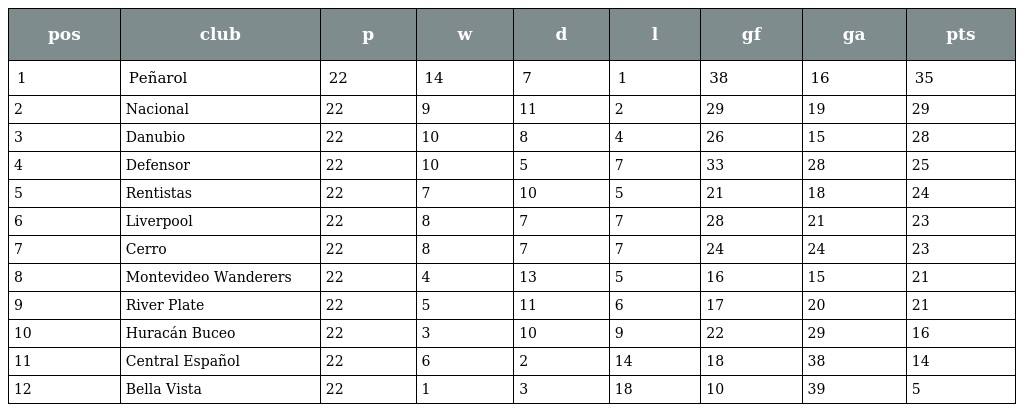
| pos | club | p | w | d | l | gf | ga | pts |
 | --- | --- | --- | --- | --- | --- | --- | --- | --- |
 | 1 | Peñarol | 22 | 14 | 7 | 1 | 38 | 16 | 35 |
 | 2 | Nacional | 22 | 9 | 11 | 2 | 29 | 19 | 29 |
 | 3 | Danubio | 22 | 10 | 8 | 4 | 26 | 15 | 28 |
 | 4 | Defensor | 22 | 10 | 5 | 7 | 33 | 28 | 25 |
 | 5 | Rentistas | 22 | 7 | 10 | 5 | 21 | 18 | 24 |
 | 6 | Liverpool | 22 | 8 | 7 | 7 | 28 | 21 | 23 |
 | 7 | Cerro | 22 | 8 | 7 | 7 | 24 | 24 | 23 |
 | 8 | Montevideo Wanderers | 22 | 4 | 13 | 5 | 16 | 15 | 21 |
 | 9 | River Plate | 22 | 5 | 11 | 6 | 17 | 20 | 21 |
 | 10 | Huracán Buceo | 22 | 3 | 10 | 9 | 22 | 29 | 16 |
 | 11 | Central Español | 22 | 6 | 2 | 14 | 18 | 38 | 14 |
 | 12 | Bella Vista | 22 | 1 | 3 | 18 | 10 | 39 | 5 |